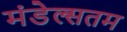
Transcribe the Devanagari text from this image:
मंडेल्सतम